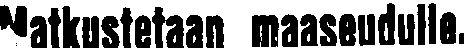
Matkustetaan maaseudulle.